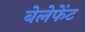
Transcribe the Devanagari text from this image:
बेलेफेंट